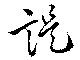
諟